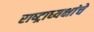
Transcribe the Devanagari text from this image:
राष्‍ट्राध्‍यक्षांचे